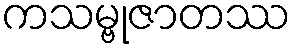
ကသမ္ဗုဇာတဿ